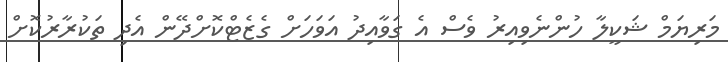
މަރިޔަމް ޝަކީލާ ހުންނެވިިއިރު ވެސް އެ ގަވާއިދު އަވަހަށް ގެޒެޓްކޮށްދޭން އެދި ތަކުރާރުކޮށް